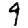
Digit: 9